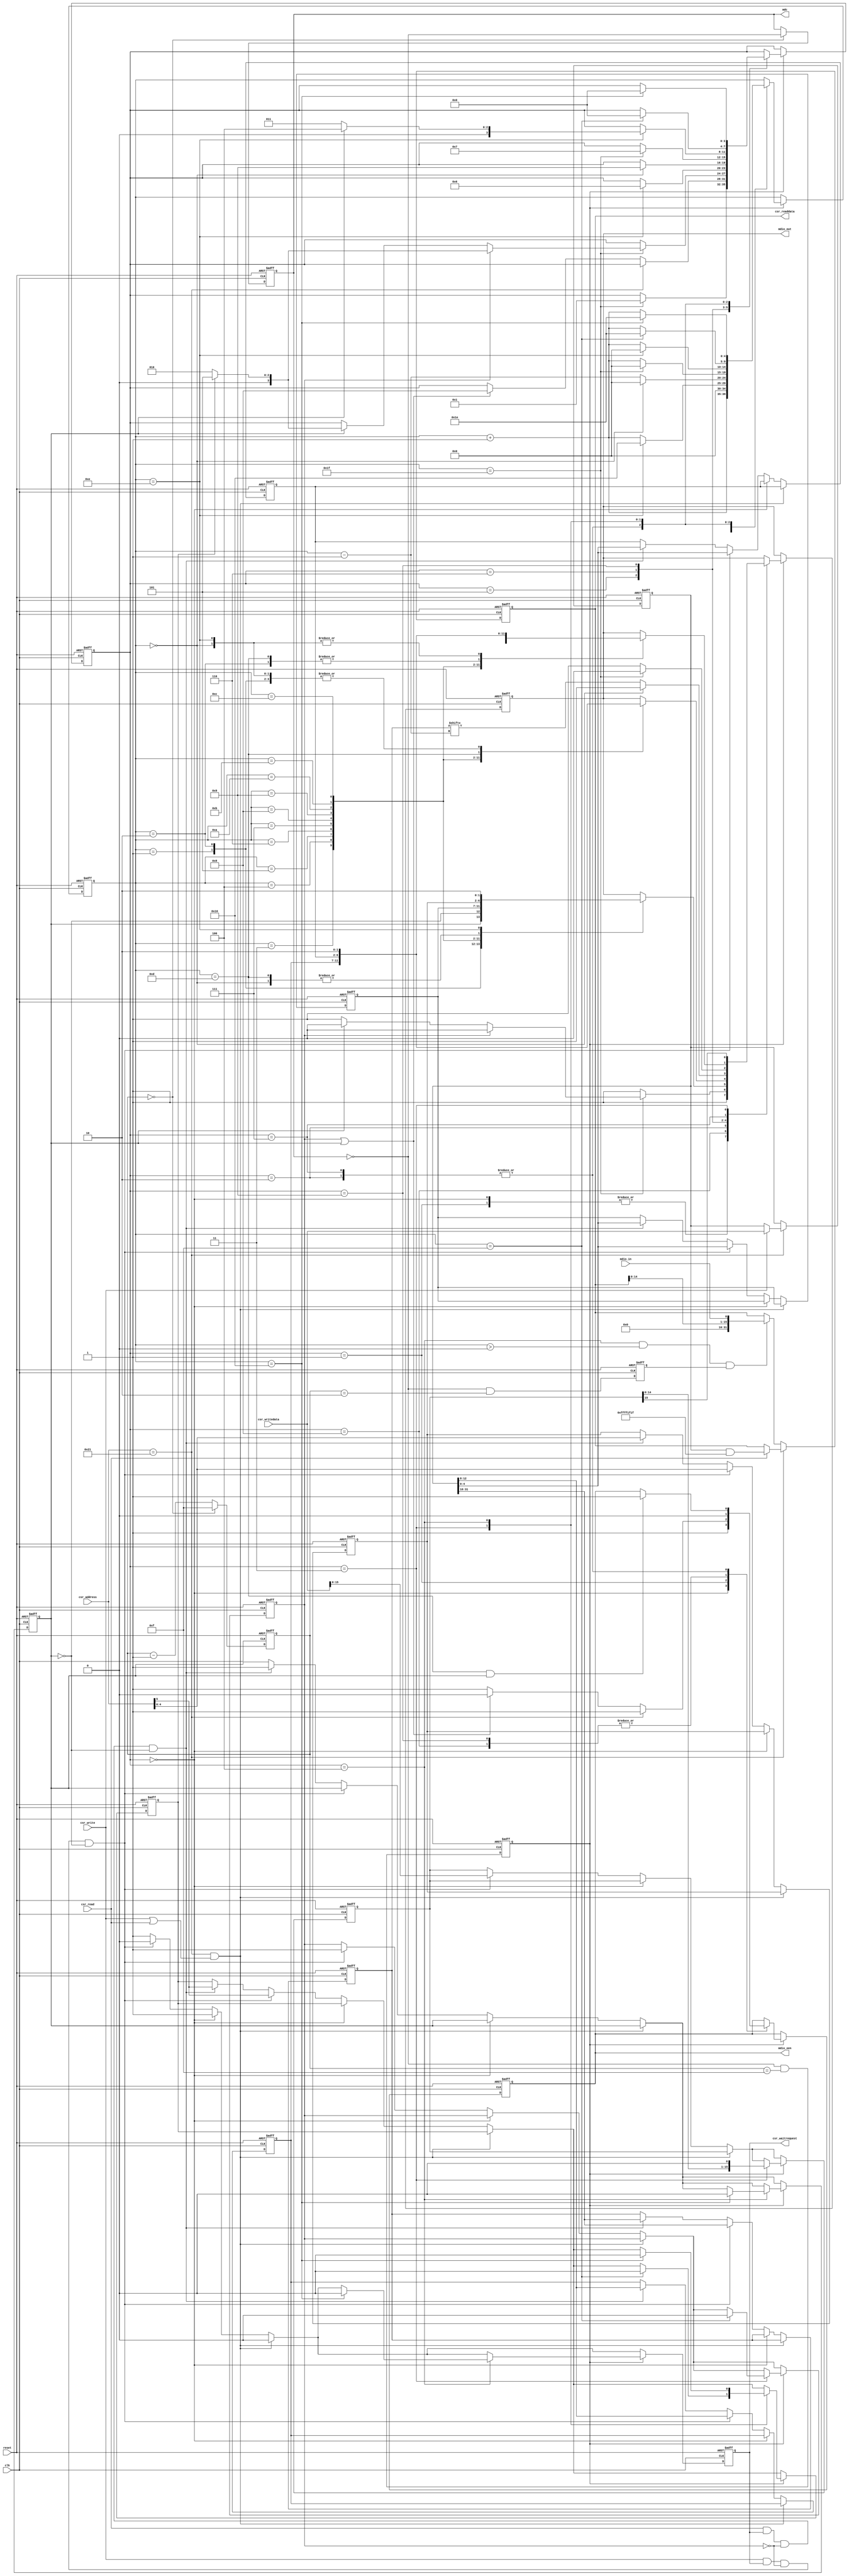
// (C) 2001-2011 Altera Corporation. All rights reserved.
// Your use of Altera Corporation's design tools, logic functions and other 
// software and tools, and its AMPP partner logic functions, and any output 
// files any of the foregoing (including device programming or simulation 
// files), and any associated documentation or information are expressly subject 
// to the terms and conditions of the Altera Program License Subscription 
// Agreement, Altera MegaCore Function License Agreement, or other applicable 
// license agreement, including, without limitation, that your use is for the 
// sole purpose of programming logic devices manufactured by Altera and sold by 
// Altera or its authorized distributors.  Please refer to the applicable 
// agreement for further details.


module altera_eth_mdio #(
	parameter MDC_DIVISOR = 32       // MDC frequency is Avalon clock / MDC_DIVISOR. Must be <2.5MHz
) (
    input               clk,
    input               reset,

    input               csr_read,
    input               csr_write,
    input   [5:0]       csr_address,
    input   [31:0]      csr_writedata,
    output  reg [31:0]  csr_readdata,
    output  wire        csr_waitrequest,

    output  reg         mdc,
    input               mdio_in,
    output  reg         mdio_out,
    output  reg         mdio_oen
);

    localparam P_MDC_DIVIDE_BITS = log2ceil(MDC_DIVISOR) - 1;    // Need to count to (MDC_DIVISOR/2) - 1
    
    //param for case state
    localparam S_PREAMBLE   = 4'b0000; // 0 
    localparam S_IDLE       = 4'b0001; // 1
    localparam S_CTRL_CL22  = 4'b0010; // 2
    localparam S_WRITE      = 4'b0011; // 3
    localparam S_READ       = 4'b0100; // 4
    localparam S_ADDR_CL45  = 4'b0101; // 5
    localparam S_WRITE_ADDR_CL45 = 4'b0110; // 6
    localparam S_CTRL_CL45  = 4'b0111; // 7
    localparam S_PREAMBLE2  = 4'b1000; // 7
    localparam S_PREAMBLE3  = 4'b1001; // 7
    
    
    
    
    
    reg [P_MDC_DIVIDE_BITS-1:0] mdc_divide;
    reg mdc_tick;
    reg mdc_sample;

    reg [3:0] state;
    reg [4:0] count;
    reg read_pending;
    reg write_pending;
    reg [4:0] address;
    reg [15:0] data;
    reg clause45_reg;
    reg [4:0] phy_address_latched;
    reg [4:0] prt_address_latched;
    reg [4:0] dev_address_latched;
    reg [15:0] cl45_reg_address_latched;
    
    // Address register and wiring
    reg [31:0] dev_prt_phy_address_reg;
    wire   [4:0]      phy_address = dev_prt_phy_address_reg[4:0];           // clause 22 PHYAD
    wire   [4:0]      dev_address = dev_prt_phy_address_reg[4:0];           // clause 45 DEVAD
    wire   [4:0]      prt_address = dev_prt_phy_address_reg[12:8];          // clasue 45 PRTAD
    wire              clause45    = csr_address[5];
    wire  [15:0]      cl45_reg_address = dev_prt_phy_address_reg[31:16];    // clause 45 ADDRESS
    
    // CSR waitrequest
    reg avalon_waitrequest_reg;
    assign csr_waitrequest = avalon_waitrequest_reg;

    // Identifies that avalon is accessing the Address Registers
    wire address_reg_acc;
    assign address_reg_acc = (csr_address == 6'h21);

    always @ (posedge clk or posedge reset) begin
        if (reset) begin
            mdc <= 1'b0;
            mdio_oen <= 1'b1;
            mdio_out <= 1'b1;
            mdc_divide <= 0;
            mdc_tick <= 1'b0;
            mdc_sample <= 1'b0;
            state <= S_PREAMBLE;
            count <= 5'h0;
            avalon_waitrequest_reg <= 1'b1;
            csr_readdata <= 32'h0;
            read_pending <= 1'b0;
            write_pending <= 1'b0;
            address <= 5'b0;
            data <= 16'b0;
            clause45_reg <= 1'b0;
            phy_address_latched <= {5{1'b0}};
            prt_address_latched <= {5{1'b0}};
            dev_address_latched <= {5{1'b0}};
            cl45_reg_address_latched <= {16{1'b0}};
            dev_prt_phy_address_reg <= {32{1'b0}};
        end
        else begin
            // Divide Avalon clock to make MDIO clock
            if (mdc_divide==0) begin
                mdc <= ~mdc;
                mdc_divide <= (MDC_DIVISOR/2) - 1'b1;
            end
            else begin
                mdc_divide <= mdc_divide - 1'b1;
            end

            // Data is output on mdc_tick. Delay it slightly from the clock to ensure setup and hold timing is met
            mdc_tick <= ~mdc & (mdc_divide==(MDC_DIVISOR/2) -1);

            // Sample read data just before rising edge of MDC
            mdc_sample <= ~mdc & (mdc_divide==2);

            
            // From MDIO readdata
            if (!address_reg_acc) begin
                if ((state==S_READ) & count>5'd0 & mdc_sample)
                    csr_readdata <= {16'h0, csr_readdata[14:0], mdio_in};
                end
                // Register space read
            else begin
                if(csr_write) begin
                    dev_prt_phy_address_reg <= csr_writedata;
                end
                
                if(csr_read) begin
                    csr_readdata <= dev_prt_phy_address_reg & {16'hffff, 3'b000, 5'b11111, 3'b000, 5'b11111};
                end
            end
            
            
            
            // Service Avalon read and write requests
            avalon_waitrequest_reg <= 1'b1;
            if(address_reg_acc && (csr_write || csr_read)) begin
                avalon_waitrequest_reg <= 1'b0;
            end
            else begin
                if (state == S_PREAMBLE) begin
                    avalon_waitrequest_reg <= 1'b1;
                end
                else if (csr_write & avalon_waitrequest_reg & ~write_pending & ~read_pending) begin
                    write_pending <= 1'b1;
                    avalon_waitrequest_reg <= 1'b0;
                    address <= csr_address[4:0];
                    phy_address_latched <= phy_address;
                    prt_address_latched <= prt_address;
                    dev_address_latched <= dev_address;
                    cl45_reg_address_latched <= cl45_reg_address;
                    data <= csr_writedata[15:0];
                    clause45_reg <= clause45;
                end
                else if (csr_read & avalon_waitrequest_reg & ~write_pending & ~read_pending) begin
                    read_pending <= 1'b1;
                    address <= csr_address[4:0];
                    clause45_reg <= clause45;
                    phy_address_latched <= phy_address;
                    prt_address_latched <= prt_address;
                    dev_address_latched <= dev_address;
                    cl45_reg_address_latched <= cl45_reg_address;
                end
            end

            // State machine to control access to PHY
            if (mdc_tick) begin
                case (state)
                    // Wait for 32 clocks before first operation in order to establish synchronization
                    S_PREAMBLE : begin
                        mdio_oen <= 1'b1;      // Use pullup resistor
                        mdio_out <= 1'b1;
                        count <= count + 5'h1;
                        
                        if (count==5'd31) begin
                            state <= S_IDLE;
                        end
                    end

                    // Wait for write or read request from Avalon
                    S_IDLE : begin
                        count <= 5'd0;
                        mdio_oen <= 1'b1;
                        mdio_out <= 1'b1;
                        
                        if(!address_reg_acc) begin
                            if (write_pending || read_pending) begin
                                mdio_out <= 1'b1;     // Output first bit of START word
                                mdio_oen <= 1'b0;
                                state <= S_PREAMBLE2;
                            end
                        end
                    end

                    S_PREAMBLE2 : begin
                        mdio_oen <= 1'b0;
                        mdio_out <= 1'b1;
                        count <= count + 5'd1;
                        
                        if (count==5'd31) begin
                            count <= 5'd0;
                            
                            if (write_pending) begin
                                mdio_out <= 1'b0;     // Output first bit of START word
                                mdio_oen <= 1'b0;
                                if (clause45_reg)
                                    state <= S_ADDR_CL45;
                                else
                                    state <= S_CTRL_CL22;
                            end
                            else if (read_pending) begin
                                mdio_out <= 1'b0;     // Output first bit of START word
                                mdio_oen <= 1'b0;
                                if (clause45_reg)
                                    state <= S_ADDR_CL45;
                                else
                                    state <= S_CTRL_CL22;
                            end
                        end 
                    end

                    // Send control data
                    S_CTRL_CL22 : begin
                        //
                        case (count)
                            // Second bit of START word
                            0  : mdio_out <= 1'b1;
                            // OPCODE. 1 then 0 for read, 0 then 1 for write
                            1  : mdio_out <= read_pending;
                            2  : mdio_out <= ~read_pending;
                            // PHY address
                            3  : mdio_out <= phy_address_latched[4];
                            4  : mdio_out <= phy_address_latched[3];
                            5  : mdio_out <= phy_address_latched[2];
                            6  : mdio_out <= phy_address_latched[1];
                            7  : mdio_out <= phy_address_latched[0];
                            // Register address
                            8  : mdio_out <= address[4];
                            9  : mdio_out <= address[3];
                            10 : mdio_out <= address[2];
                            11 : mdio_out <= address[1];
                            12 : mdio_out <= address[0];
                            // TA
                            13 : mdio_out <= 1'b1;
                            14 : mdio_out <= 1'b0;
                        endcase

                        count <= count + 5'd1;

                        // For read, turn off output for TA cycle
                        if (count==13 & read_pending)
                            mdio_oen <= 1'b1;

                        if (count==5'd14) begin
                            count <= 5'd0;
                            if (read_pending)
                                state <= S_READ;
                            else
                                state <= S_WRITE;
                        end

                    end

                    S_ADDR_CL45 : begin
                    //
                        case (count)
                            // Second bit of START word
                            0  : mdio_out <= 1'b0;
                            // OPCODE. 1 then 0 for read, 0 then 1 for write
                            1  : mdio_out <= 1'b0;
                            2  : mdio_out <= 1'b0;
                            // PHY address
                            3  : mdio_out <= prt_address_latched[4];
                            4  : mdio_out <= prt_address_latched[3];
                            5  : mdio_out <= prt_address_latched[2];
                            6  : mdio_out <= prt_address_latched[1];
                            7  : mdio_out <= prt_address_latched[0];
                            // Register address
                            8  : mdio_out <= dev_address_latched[4];
                            9  : mdio_out <= dev_address_latched[3];
                            10 : mdio_out <= dev_address_latched[2];
                            11 : mdio_out <= dev_address_latched[1];
                            12 : mdio_out <= dev_address_latched[0];
                            // TA
                            13 : mdio_out <= 1'b1;
                            14 : mdio_out <= 1'b0;
                        endcase

                        count <= count + 5'd1;

                        if (count==5'd14) begin
                            count <= 5'd16;
                            state <= S_WRITE_ADDR_CL45;
                        end

                    end
                    
                    // Send write data
                    S_WRITE_ADDR_CL45 : begin
                        mdio_out <= cl45_reg_address_latched[count -5'd1];
                        count <= count - 5'd1;
                        if (count==5'd0) begin
                            count <= 5'd0;
                            mdio_out <= 1'b1;     // Output first bit of START word
                            state <= S_PREAMBLE3;
                        end
                    end

                    S_PREAMBLE3 : begin
                        mdio_oen <= 1'b0;
                        mdio_out <= 1'b1;
                        count <= count + 5'd1;
                    
                        if (count==5'd31) begin
                            mdio_oen <= 1'b0;
                            count <= 5'd0;
                            mdio_out <= 1'b0;     // Output first bit of START word
                            state <= S_CTRL_CL45;
                        end
                    end

                    S_CTRL_CL45 : begin
                        //
                        case (count)
                        // Second bit of START word
                        0  : mdio_out <= 1'b0;
                        // OPCODE. 1 then 0 for read, 0 then 1 for write
                        1  : mdio_out <= read_pending;
                        2  : mdio_out <= 1'b1;
                        // PHY address
                        3  : mdio_out <= prt_address_latched[4];
                        4  : mdio_out <= prt_address_latched[3];
                        5  : mdio_out <= prt_address_latched[2];
                        6  : mdio_out <= prt_address_latched[1];
                        7  : mdio_out <= prt_address_latched[0];
                        // Register address
                        8  : mdio_out <= dev_address_latched[4];
                        9  : mdio_out <= dev_address_latched[3];
                        10 : mdio_out <= dev_address_latched[2];
                        11 : mdio_out <= dev_address_latched[1];
                        12 : mdio_out <= dev_address_latched[0];
                        // TA
                        13 : mdio_out <= 1'b1;
                        14 : mdio_out <= 1'b0;
                        endcase

                        count <= count + 5'd1;

                        // For read, turn off output for TA cycle
                        if (count==5'd13 & read_pending)
                            mdio_oen <= 1'b1;

                        if (count==5'd14) begin
                            count <= 5'd0;
                        if (read_pending)
                            state <= S_READ;
                        else
                            state <= S_WRITE;
                        end

                    end

                    // Send write data
                    S_WRITE : begin
                        mdio_out <= data[15];
                        data <= data << 1;
                        count <= count + 5'd1;
                        
                        if (count==5'd15) begin
                            count <= 5'd30;
                            state <= S_PREAMBLE;
                            write_pending <= 1'b0;
                            clause45_reg <= 1'b0;
                        end
                    end

                    // Wait for read data
                    S_READ : begin
                        count <= count + 5'd1;
                        
                        if (count==5'd16) begin
                            count <= 5'd30;
                            state <= S_PREAMBLE;
                            read_pending <= 1'b0;
                            clause45_reg <= 1'b0; 
                            avalon_waitrequest_reg <= 1'b0;
                        end
                    end

                endcase

            end
        end
    end
    
    
    
    
    //---------------------------------------------------------------------------------------------------
    // Function - Calculates the log2ceil of the input value
    //---------------------------------------------------------------------------------------------------
    function integer log2ceil;
        input integer val;
        integer i;
        
        begin
            i = 1;
            log2ceil = 0;
            
            while (i < val) begin
                log2ceil = log2ceil + 1;
                i = i << 1; 
            end
        end
    endfunction
    
endmodule